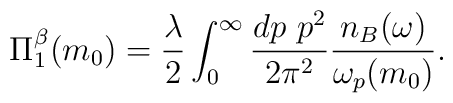
\Pi_1^{\beta} (m_0)=\frac{\lambda}{2}\int_0^{\infty }\frac{dp ~ p^2}{2\pi^2} \frac {n_B(\omega)}{\omega_p(m_0)}.